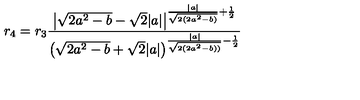
r _ { 4 } = r _ { 3 } \frac { \big | \sqrt { 2 a ^ { 2 } - b } - \sqrt { 2 } | a | \big | ^ { \frac { | a | } { \sqrt { 2 ( 2 a ^ { 2 } - b ) } } + \frac { 1 } { 2 } } } { \big ( \sqrt { 2 a ^ { 2 } - b } + \sqrt { 2 } | a | \big ) ^ { \frac { | a | } { \sqrt { 2 ( 2 a ^ { 2 } - b ) ) } } - \frac { 1 } { 2 } } }